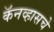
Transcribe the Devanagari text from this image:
कॅनव्हासचे